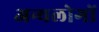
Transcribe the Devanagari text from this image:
अन्यलोगों